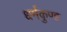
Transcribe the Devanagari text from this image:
धर्मकुण्ड